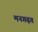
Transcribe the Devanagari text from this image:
मनगढ़त